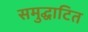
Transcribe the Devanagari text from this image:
समुद्घाटित